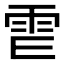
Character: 𩁿